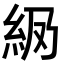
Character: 𬗅